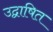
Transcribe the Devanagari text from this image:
उद्वाषित